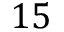
1 5